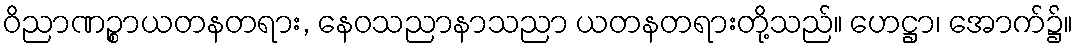
ဝိညာဏဉ္စာယတနတရား, နေဝသညာနာသညာ ယတနတရားတို့သည်။ ဟေဋ္ဌာ၊ အောက်၌။